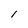
Character: l